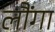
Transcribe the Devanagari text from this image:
लौंगा